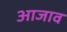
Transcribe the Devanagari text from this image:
आजाव